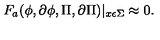
F _ { a } ( \phi , \partial \phi , \Pi , \partial \Pi ) | _ { x \epsilon \Sigma } \approx 0 .